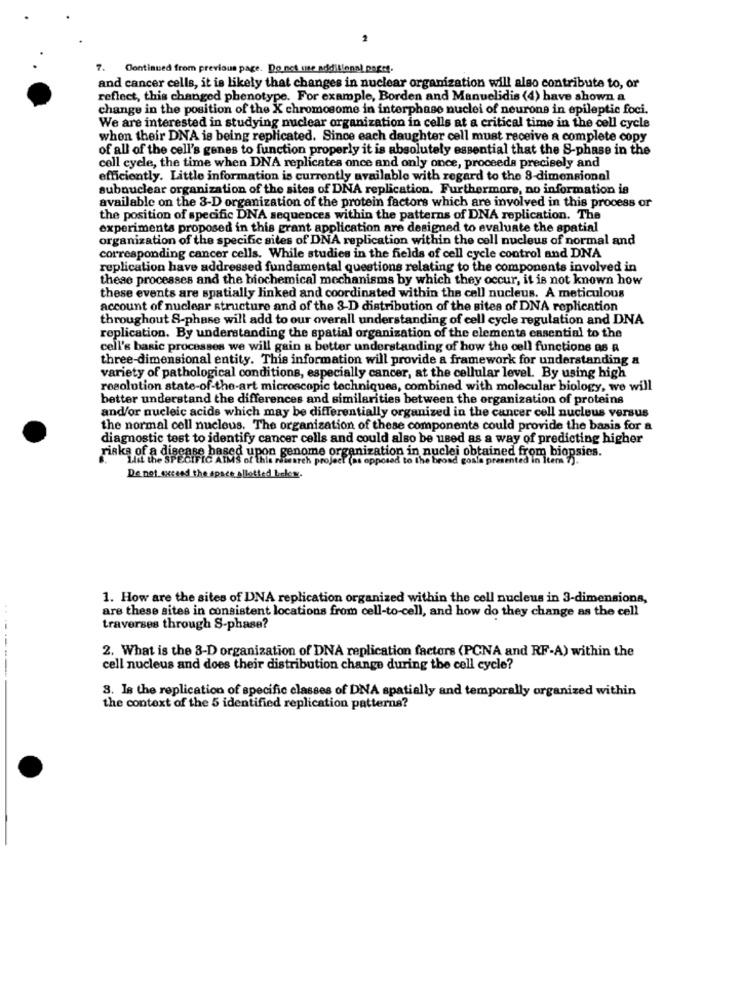
2
7.
Continued from previous page. Do not use additional par:t.
and cancer cells, it is likely that changes in nuclear organization will also contribute to, or
reflect, this changed phenotype. For example, Borden and Manuelidis (4) have shown a
change in the position of the X chromosome in interphase nuclei of neurone in epileptic foci.
We are interested in studying nuclear organization in cells at a critical time in the cell cycle
when their DNA is being replicated. Since each daughter cell must receive a complete copy
of all of the cell's genes to function properly it is absolutely essential that the S-phase in the
cell cycle, the time when DNA replicates once and only once, proceeda precisely and
efficiently. Little information is currently available with regard to the 8-dimensional
subnuclear organization of the sites of DNA replication. Furthermore, no information is
available on the 3-D organization of the protein factors which are involved in this process or
the position of specific DNA sequences within the patterns of DNA replication. The
experiments proposed in this grant application are designed to evaluate the spatial
organization of the specific sites of DNA replication within the cell nucleus of normal and
corresponding cancer cells. While studies in the fields of cell cycle control and DNA
replication have addressed fundamental questions relating to the components involved in
these processes and the biochemical mechanisms by which they occur, it is not known how
these events are spatially linked and coordinated within the cell nucleus. A meticulous
account of nuclear structure and of the 3-D distribution of the sites of DNA replication
throughout S-phase will add to our overall understanding of cell cycle regulation and DNA
replication. By understanding the spatial organization of the elements essential to the
cell's basic processes we will gain a better understanding of how the cell functions as a
three-dimensional entity. This information will provide a framework for understanding a
variety of pathological conditions, especially cancer, at the cellular level. By using high
resolution state-of-the-art microscopic techniques, combined with molecular biology, we will
better understand the differences and similarities between the organization of proteins
and/or nucleic acids which may be differentially organized in the cancer cell nucleus versus
the normal cell nucleus. The organization of these components could provide the basis for a
diagnostic test to identify cancer cells and could also be used as a way of predicting higher
riska of a disease based upon genome organization in nuclei obtained from biopsies.
project (as opposed to the broad gosta presented in Itern 7).
De not exceed the space allotted below.
1. How are the sites of DNA replication organized within the cell nucleus in 3-dimensions,
are these sites in consistent locations from cell-to-cell, and how do they change as the cell
traverses through S-phase?
2. What is the 3-D organization of DNA replication factors (PCNA and RF-A) within the
------
cell nucleus and does their distribution change during the cell cycle?
3. Is the replication of specific classes of DNA spatially and temporally organized within
the context of the 5 identified replication patterns?